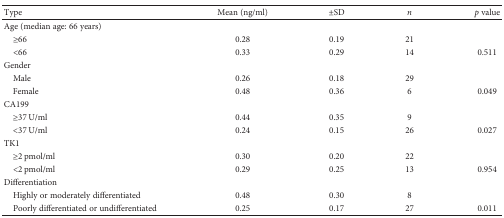
<table><thead><tr><td><b>Type</b></td><td><b>Mean (ng/ml)</b></td><td><b>±SD</b></td><td><b><i>n</i></b></td><td><b><i>p</i> value</b></td></tr></thead><tbody><tr><td>Age (median age: 66 years)</td><td></td><td></td><td></td><td></td></tr><tr><td> ≥66</td><td>0.28</td><td>0.19</td><td>21</td><td></td></tr><tr><td> &lt;66</td><td>0.33</td><td>0.29</td><td>14</td><td>0.511</td></tr><tr><td>Gender</td><td></td><td></td><td></td><td></td></tr><tr><td> Male</td><td>0.26</td><td>0.18</td><td>29</td><td></td></tr><tr><td> Female</td><td>0.48</td><td>0.36</td><td>6</td><td>0.049</td></tr><tr><td>CA199</td><td></td><td></td><td></td><td></td></tr><tr><td> ≥37 U/ml</td><td>0.44</td><td>0.35</td><td>9</td><td></td></tr><tr><td> &lt;37 U/ml</td><td>0.24</td><td>0.15</td><td>26</td><td>0.027</td></tr><tr><td>TK1</td><td></td><td></td><td></td><td></td></tr><tr><td> ≥2 pmol/ml</td><td>0.30</td><td>0.20</td><td>22</td><td></td></tr><tr><td> &lt;2 pmol/ml</td><td>0.29</td><td>0.25</td><td>13</td><td>0.954</td></tr><tr><td>Differentiation</td><td></td><td></td><td></td><td></td></tr><tr><td> Highly or moderately differentiated</td><td>0.48</td><td>0.30</td><td>8</td><td></td></tr><tr><td> Poorly differentiated or undifferentiated</td><td>0.25</td><td>0.17</td><td>27</td><td>0.011</td></tr></tbody></table>